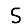
Digit: 5